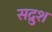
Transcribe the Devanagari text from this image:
सद्रुश